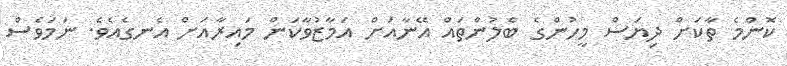
ކޮންމެ ތާކަށް ދިޔަސް މީހުންގެ ބެލުންތައް އޭނާއަށް އަމާޒުވާކަން މައިރާއަށް އެނގެއެވެ. ނަމަވެސް